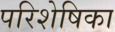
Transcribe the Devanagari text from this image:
परिशेषिका